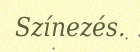
Színezés.